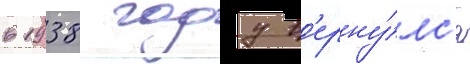
в 1938 году в'ерну́лс'я